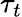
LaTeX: \tau_{t}